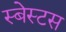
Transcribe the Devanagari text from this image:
स्बेस्टस